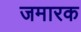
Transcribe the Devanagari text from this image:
जमारक